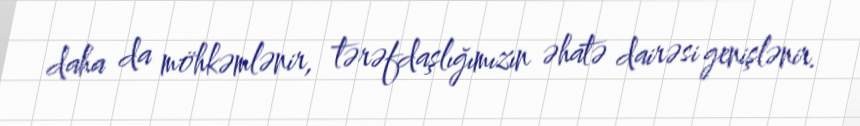
daha da möhkəmlənir, tərəfdaşlığımızın əhatə dairəsi genişlənir.